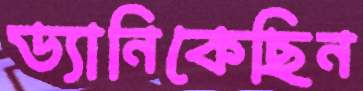
ড্যানিকেছিন